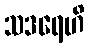
သဒရေဟိ